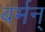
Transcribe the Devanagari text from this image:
बर्मन्